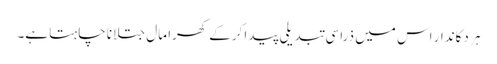
ہر دکاندار اس میں ذراسی تبدیلی پیدا کرکے کھرا مال جتلانا چاہتا ہے۔